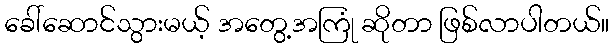
ခေါ်ဆောင်သွားမယ့် အတွေ့အကြုံ ဆိုတာ ဖြစ်လာပါတယ်။